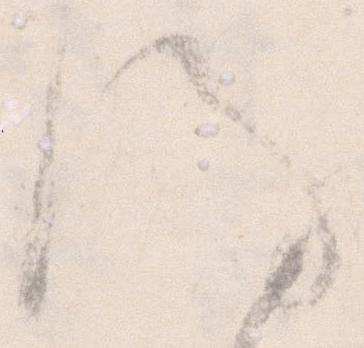
謹